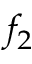
f _ { 2 }